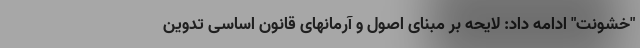
"خشونت" ادامه داد: لایحه بر مبنای اصول و آرمانهای قانون اساسی تدوین